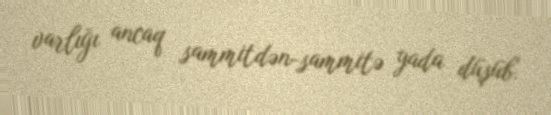
varlığı ancaq sammitdən-sammitə yada düşüb.